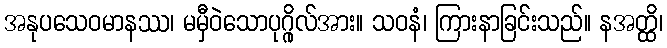
အနုပသေဝမာနဿ၊ မမှီဝဲသောပုဂ္ဂိုလ်အား။ သဝနံ၊ ကြားနာခြင်းသည်။ နအတ္ထိ၊